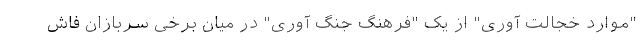
"موارد خجالت آوری" از یک "فرهنگ جنگ آوری" در میان برخی سربازان فاش